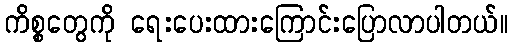
ကိစ္စတွေကို ရေးပေးထားကြောင်းပြောလာပါတယ်။